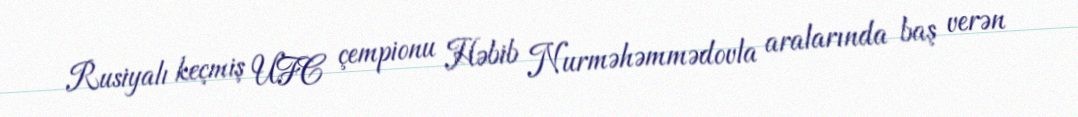
Rusiyalı keçmiş UFC çempionu Həbib Nurməhəmmədovla aralarında baş verən